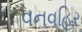
વનવહિર